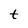
Character: t